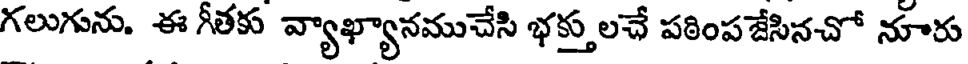
గలుగును. ఈ గీతకు వ్యాఖ్యానముచేసి భక్తులచే పఠింపజేసినచో నూరు